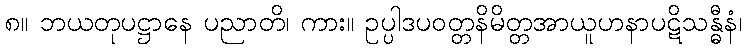
၈။ ဘယတုပဋ္ဌာနေ ပညာတိ၊ ကား။ ဥပ္ပါဒပဝတ္တနိမိတ္တအာယူဟနာပဋိသန္ဓီနံ၊